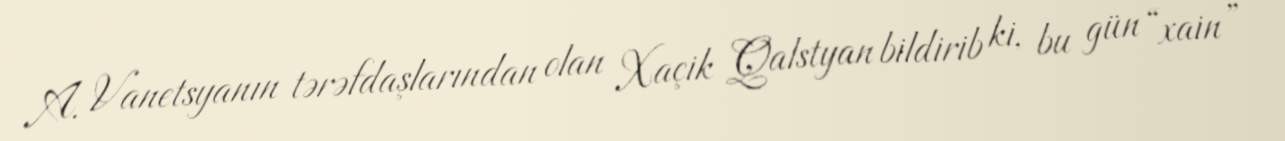
A. Vanetsyanın tərəfdaşlarından olan Xaçik Qalstyan bildirib ki, bu gün “xain”